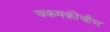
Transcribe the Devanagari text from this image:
चकमकीचीच